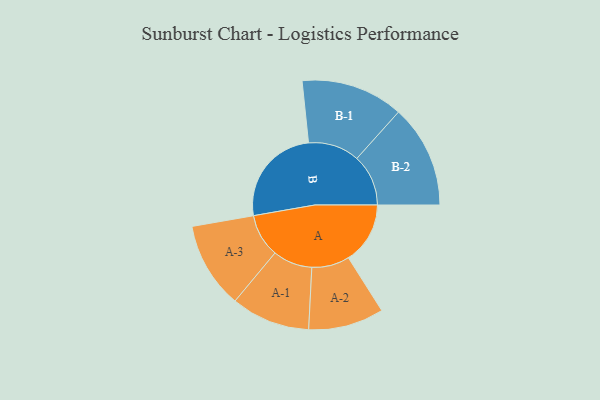
{"axis": {"x": "Segment", "y": "Value"}, "legend": ["", "A", "B"], "data": [{"x": "A", "y": 283, "type": ""}, {"x": "B", "y": 461, "type": ""}, {"x": "A-1", "y": 181, "type": "A"}, {"x": "A-2", "y": 173, "type": "A"}, {"x": "A-3", "y": 198, "type": "A"}, {"x": "B-1", "y": 235, "type": "B"}, {"x": "B-2", "y": 236, "type": "B"}]}